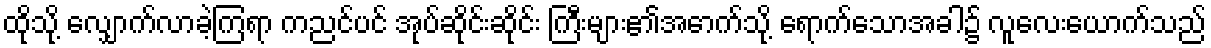
ထိုသို့ လျှောက်လာခဲ့ကြရာ ကညင်ပင် အုပ်ဆိုင်းဆိုင်း ကြီးများ၏အောက်သို့ ရောက်သောအခါ၌ လူလေးယောက်သည်